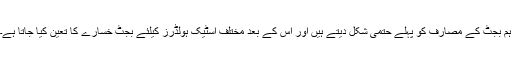
ہم بجٹ کے مصارف کو پہلے حتمی شکل دیتے ہیں اور اس کے بعد مختلف اسٹیک ہولڈرز کیلئے بجٹ خسارے کا تعین کیا جاتا ہے۔